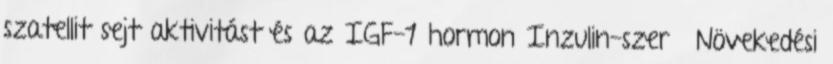
szatellit sejt aktivitást és az IGF-1 hormon Inzulin-szerű Növekedési